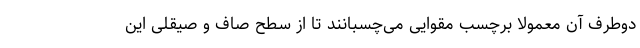
دوطرف آن معمولاً برچسب مقوایی می‌چسبانند تا از سطح صاف و صیقلی این